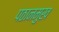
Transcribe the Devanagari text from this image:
पठानमुख